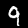
Digit: 9